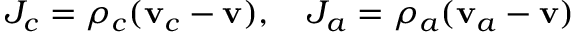
J _ { c } = \rho _ { c } ( \mathbf { v } _ { c } - \mathbf { v } ) , \quad J _ { a } = \rho _ { a } ( \mathbf { v } _ { a } - \mathbf { v } )